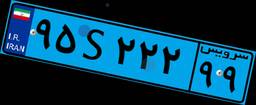
۹۵S۲۲۲۹۹